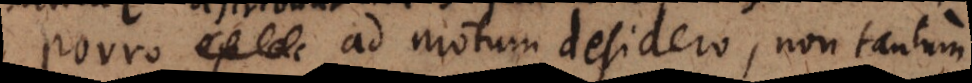
Porro ad motum desidero, non tantum